Scientific memoirs by medical officers of the Army of India - Part II,
Year: 1886
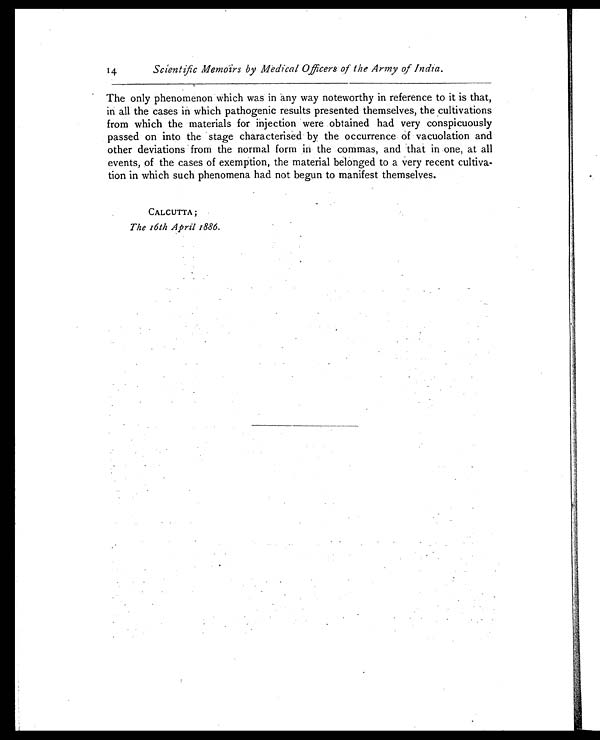
14
Scientific Memoirs by Medical Officers of the Army of India.
The only phenomenon which was in any way noteworthy in reference to it is that,
in all the cases in which pathogenic results presented themselves, the cultivations
from which the materials for injection were obtained had very conspicuously
passed on into the stage characterised by the occurrence of vacuolation and
other deviations from the normal form in the commas, and that in one, at all
events, of the cases of exemption, the material belonged to a very recent cultiva-
tion in which such phenomena had not begun to manifest themselves.
CALCUTTA ;
The 16th April 1886.